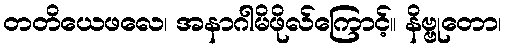
တတိယေဖလေ၊ အနာဂါမိဖိုလ်ကြောင့်။ နိဗ္ဗုတော၊